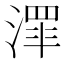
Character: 𱨔